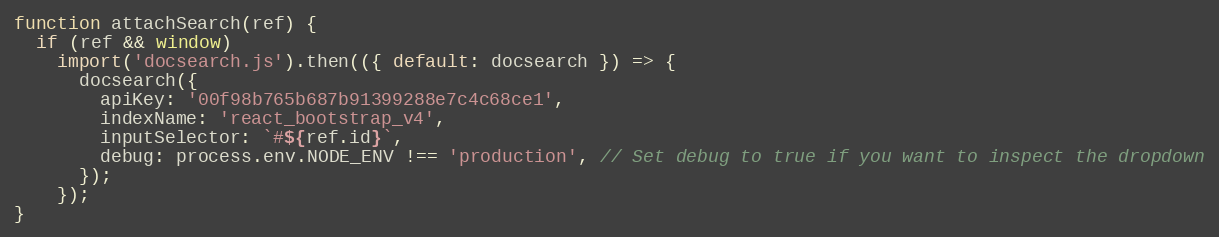
Language: JavaScript
function attachSearch(ref) {
  if (ref && window)
    import('docsearch.js').then(({ default: docsearch }) => {
      docsearch({
        apiKey: '00f98b765b687b91399288e7c4c68ce1',
        indexName: 'react_bootstrap_v4',
        inputSelector: `#${ref.id}`,
        debug: process.env.NODE_ENV !== 'production', // Set debug to true if you want to inspect the dropdown
      });
    });
}